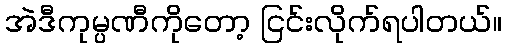
အဲဒီကုမ္ပဏီကိုတော့ ငြင်းလိုက်ရပါတယ်။